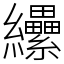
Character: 纝